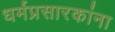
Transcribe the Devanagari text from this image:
धर्मप्रसारकांना